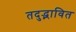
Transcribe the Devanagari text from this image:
तदुद्भावित